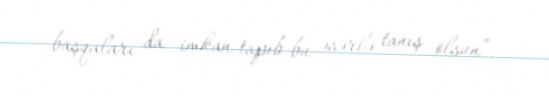
başqaları da imkan tapıb bu əsərlə tanış olsun”.